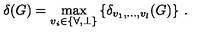
\delta ( G ) = \max _ { v _ { i } \in \{ \forall , \perp \} } \left\{ \delta _ { v _ { 1 } , \ldots , v _ { l } } ( G ) \right\} \: .